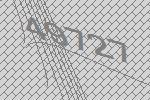
49727